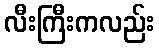
လီးကြီးကလည်း